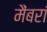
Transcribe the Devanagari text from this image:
मैंबरां